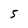
Character: 5